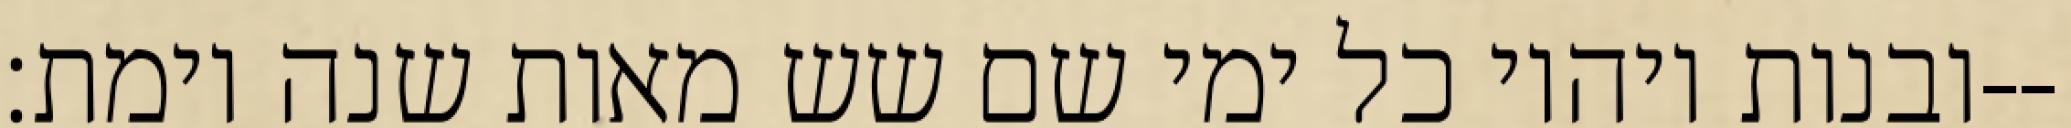
ובנות ויהיו כל ימי שם שש מאות שנה וימת׃--